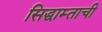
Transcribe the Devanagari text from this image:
सिद्धाम्ताची